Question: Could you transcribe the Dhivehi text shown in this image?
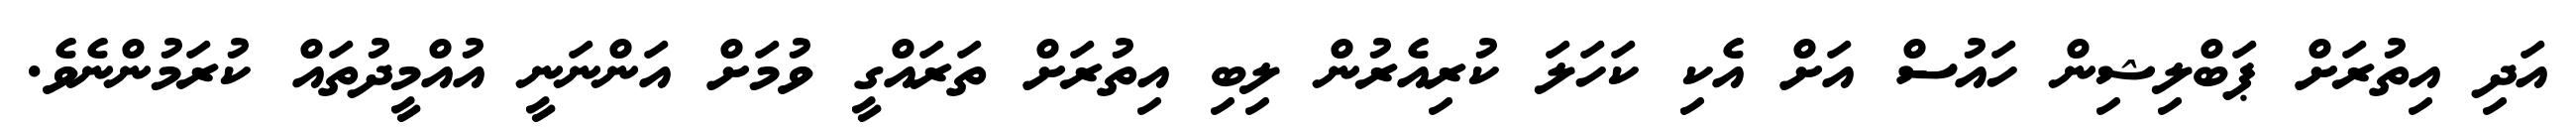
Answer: އަދި އިތުރަށް ޕަބްލިޝިން ހައުސް އަށް އެކި ކަހަލަ ކުރިއެރުން ލިބި އިތުރަށް ތަރައްގީ ވުމަށް އަންނަނީ އުއްމީދުތައް ކުރަމުންނެވެ.